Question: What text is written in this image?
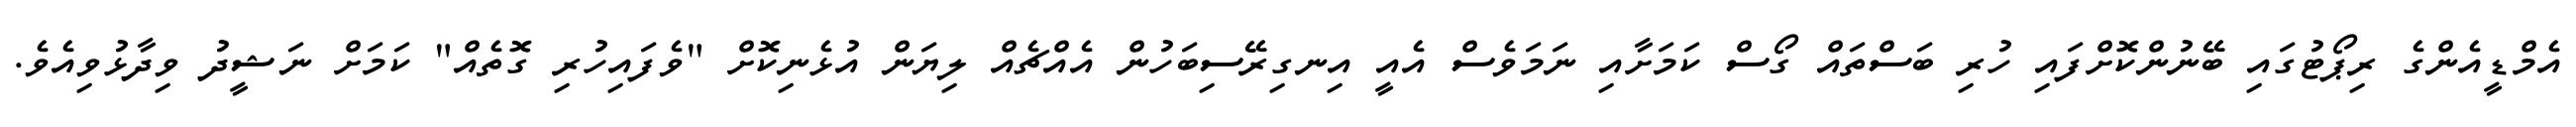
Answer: އެމްޑީއެންގެ ރިޕޯޓުގައި ބޭނުންކޮށްފައި ހުރި ބަސްތައް ގޯސް ކަމަށާއި ނަމަވެސް އެއީ އިނގިރޭސިބަހުން އެއްޗެއް ލިޔަން އުޅެނިކޮށް "ވެފައިހުރި ގޮތެއް" ކަމަށް ނަޝީދު ވިދާޅުވިއެވެ.